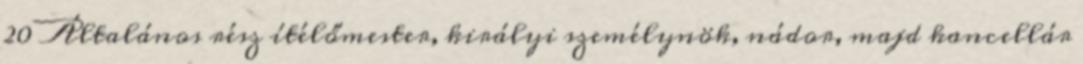
20 Általános rész ítélőmester, királyi személynök, nádor, majd kancellár